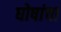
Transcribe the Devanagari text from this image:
घोषांचा